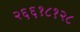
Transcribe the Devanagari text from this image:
२६६१८१२८